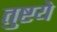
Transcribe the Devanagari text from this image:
तुष्टये